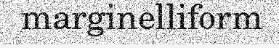
marginelliform